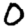
Digit: 0